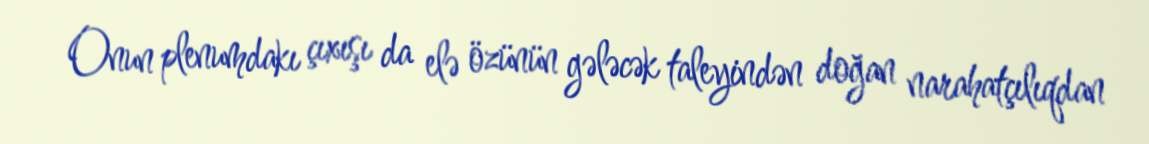
Onun plenumdakı çıxışı da elə özünün gələcək taleyindən doğan narahatçılıqdan